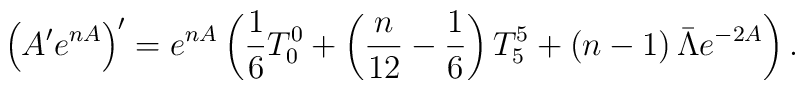
\left( A^\prime e^{nA}\right)^\prime = e^{nA}\left( \frac{1}{6} T_0 ^0  +\left( \frac{n}{12} -\frac{1}{6}\right) T_5 ^5 +\left( n-1\right)  \bar{\Lambda} e^{-2A}\right) .